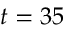
t = 3 5